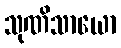
သုဏိသာယော